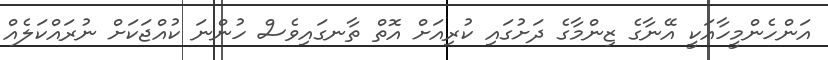
އަންހެންމީހާއަކީ އޭނާގެ ޒިންމާގެ ދަށުގައި ކުރިއަށް އޮތް ތާނގައިވެސް ހުންނަ ކުއްޖަކަށް ނުރައްކަލެއް